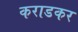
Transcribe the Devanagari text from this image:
कराडकर